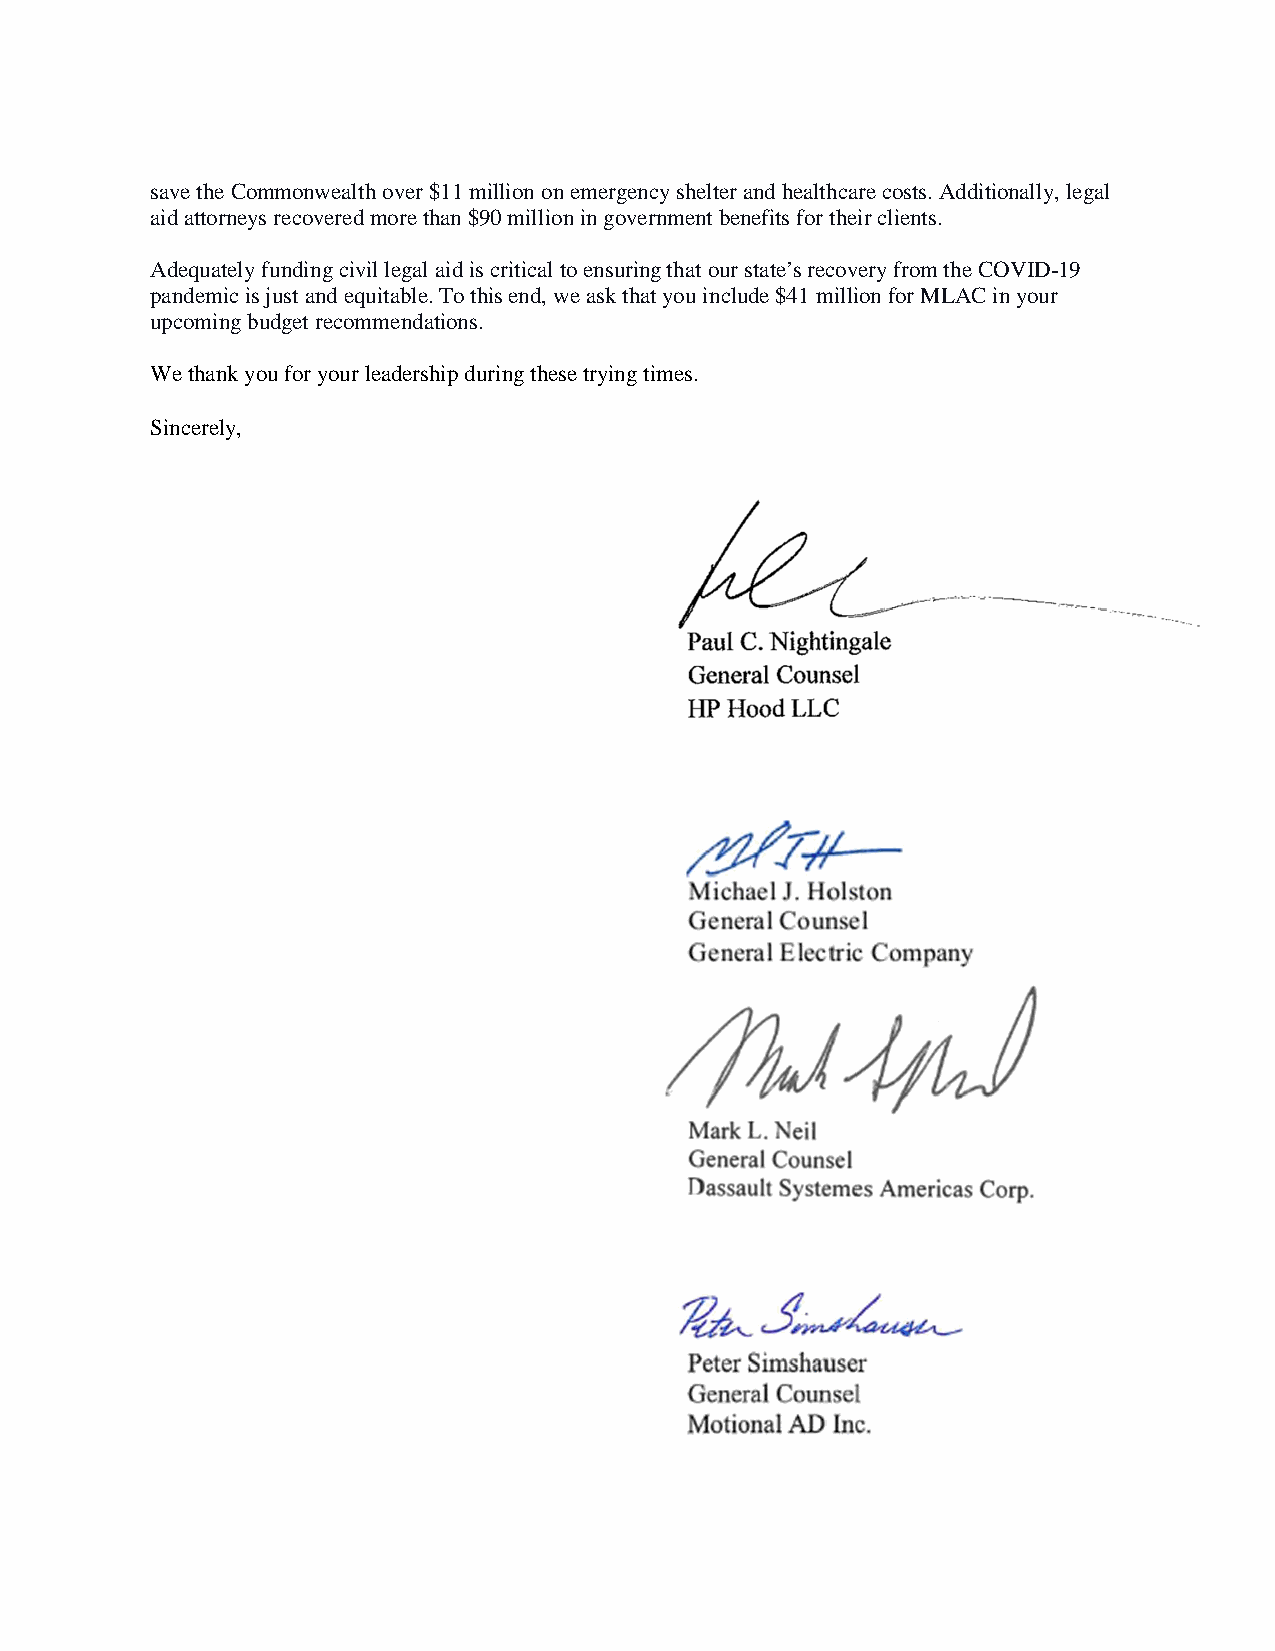
save the Commonwealth over $11 million on emergency shelter and healthcare costs. Additionally, legal
 aid attorneys recovered more than $90 million in government benefits for their clients.
 Adequately funding civil legal aid is critical to ensuring that our state’s recovery from the COVID-19
 pandemic is just and equitable. To this end, we ask that you include $41 million for MLAC in your
 upcoming budget recommendations.
 We thank you for your leadership during these trying times.
 Sincerely,